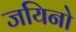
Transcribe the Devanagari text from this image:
जयिनो